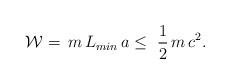
LaTeX: \begin{align*} \mathcal{W}=\, m\,L_{min}\,a\leq\,\,\frac{1}{2}\,m \,c^2. \end{align*}